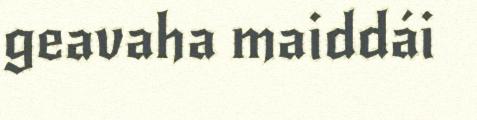
geavaha maiddái